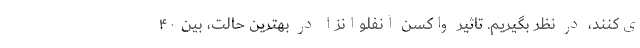
ی‌کنند، در نظر بگیریم. تاثیر واکسن آنفلوانزا در بهترین حالت، بین ۴۰